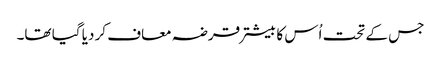
جس کے تحت اُس کا بیشتر قرضہ معاف کر دیا گیا تھا۔